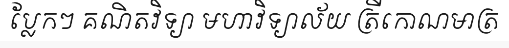
ប្លែកៗ គណិតវិទ្យា មហាវិទ្យាល័យ ត្រីកោណមាត្រ